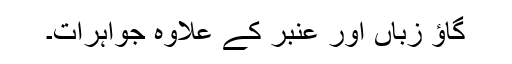
گاؤ زباں اور عنبر کے علاوہ جواہرات۔